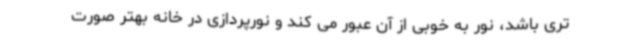
تری باشد، نور به خوبی از آن عبور می کند و نورپردازی در خانه بهتر صورت